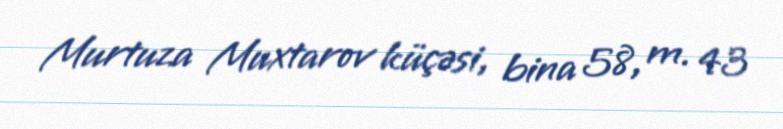
Murtuza Muxtarov küçəsi, bina 58, m. 43